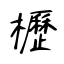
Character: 櫪